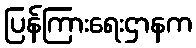
ပြန်ကြားရေးဌာနက